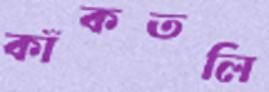
কাঁকতলি